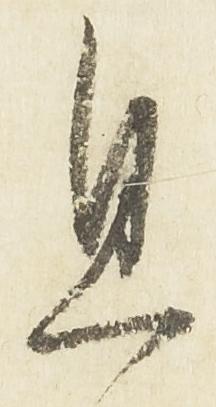
且